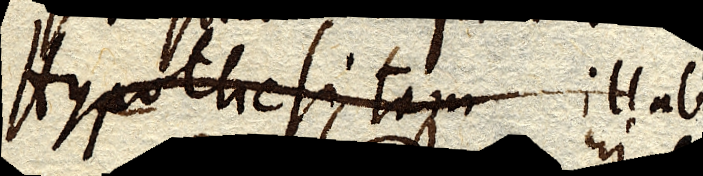
Hypothesi tam illab